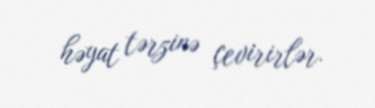
həyat tərzinə çevirirlər.